65_HS1-834228961_62-HQ-83894_Section_2
Agency: FBI
Page 75
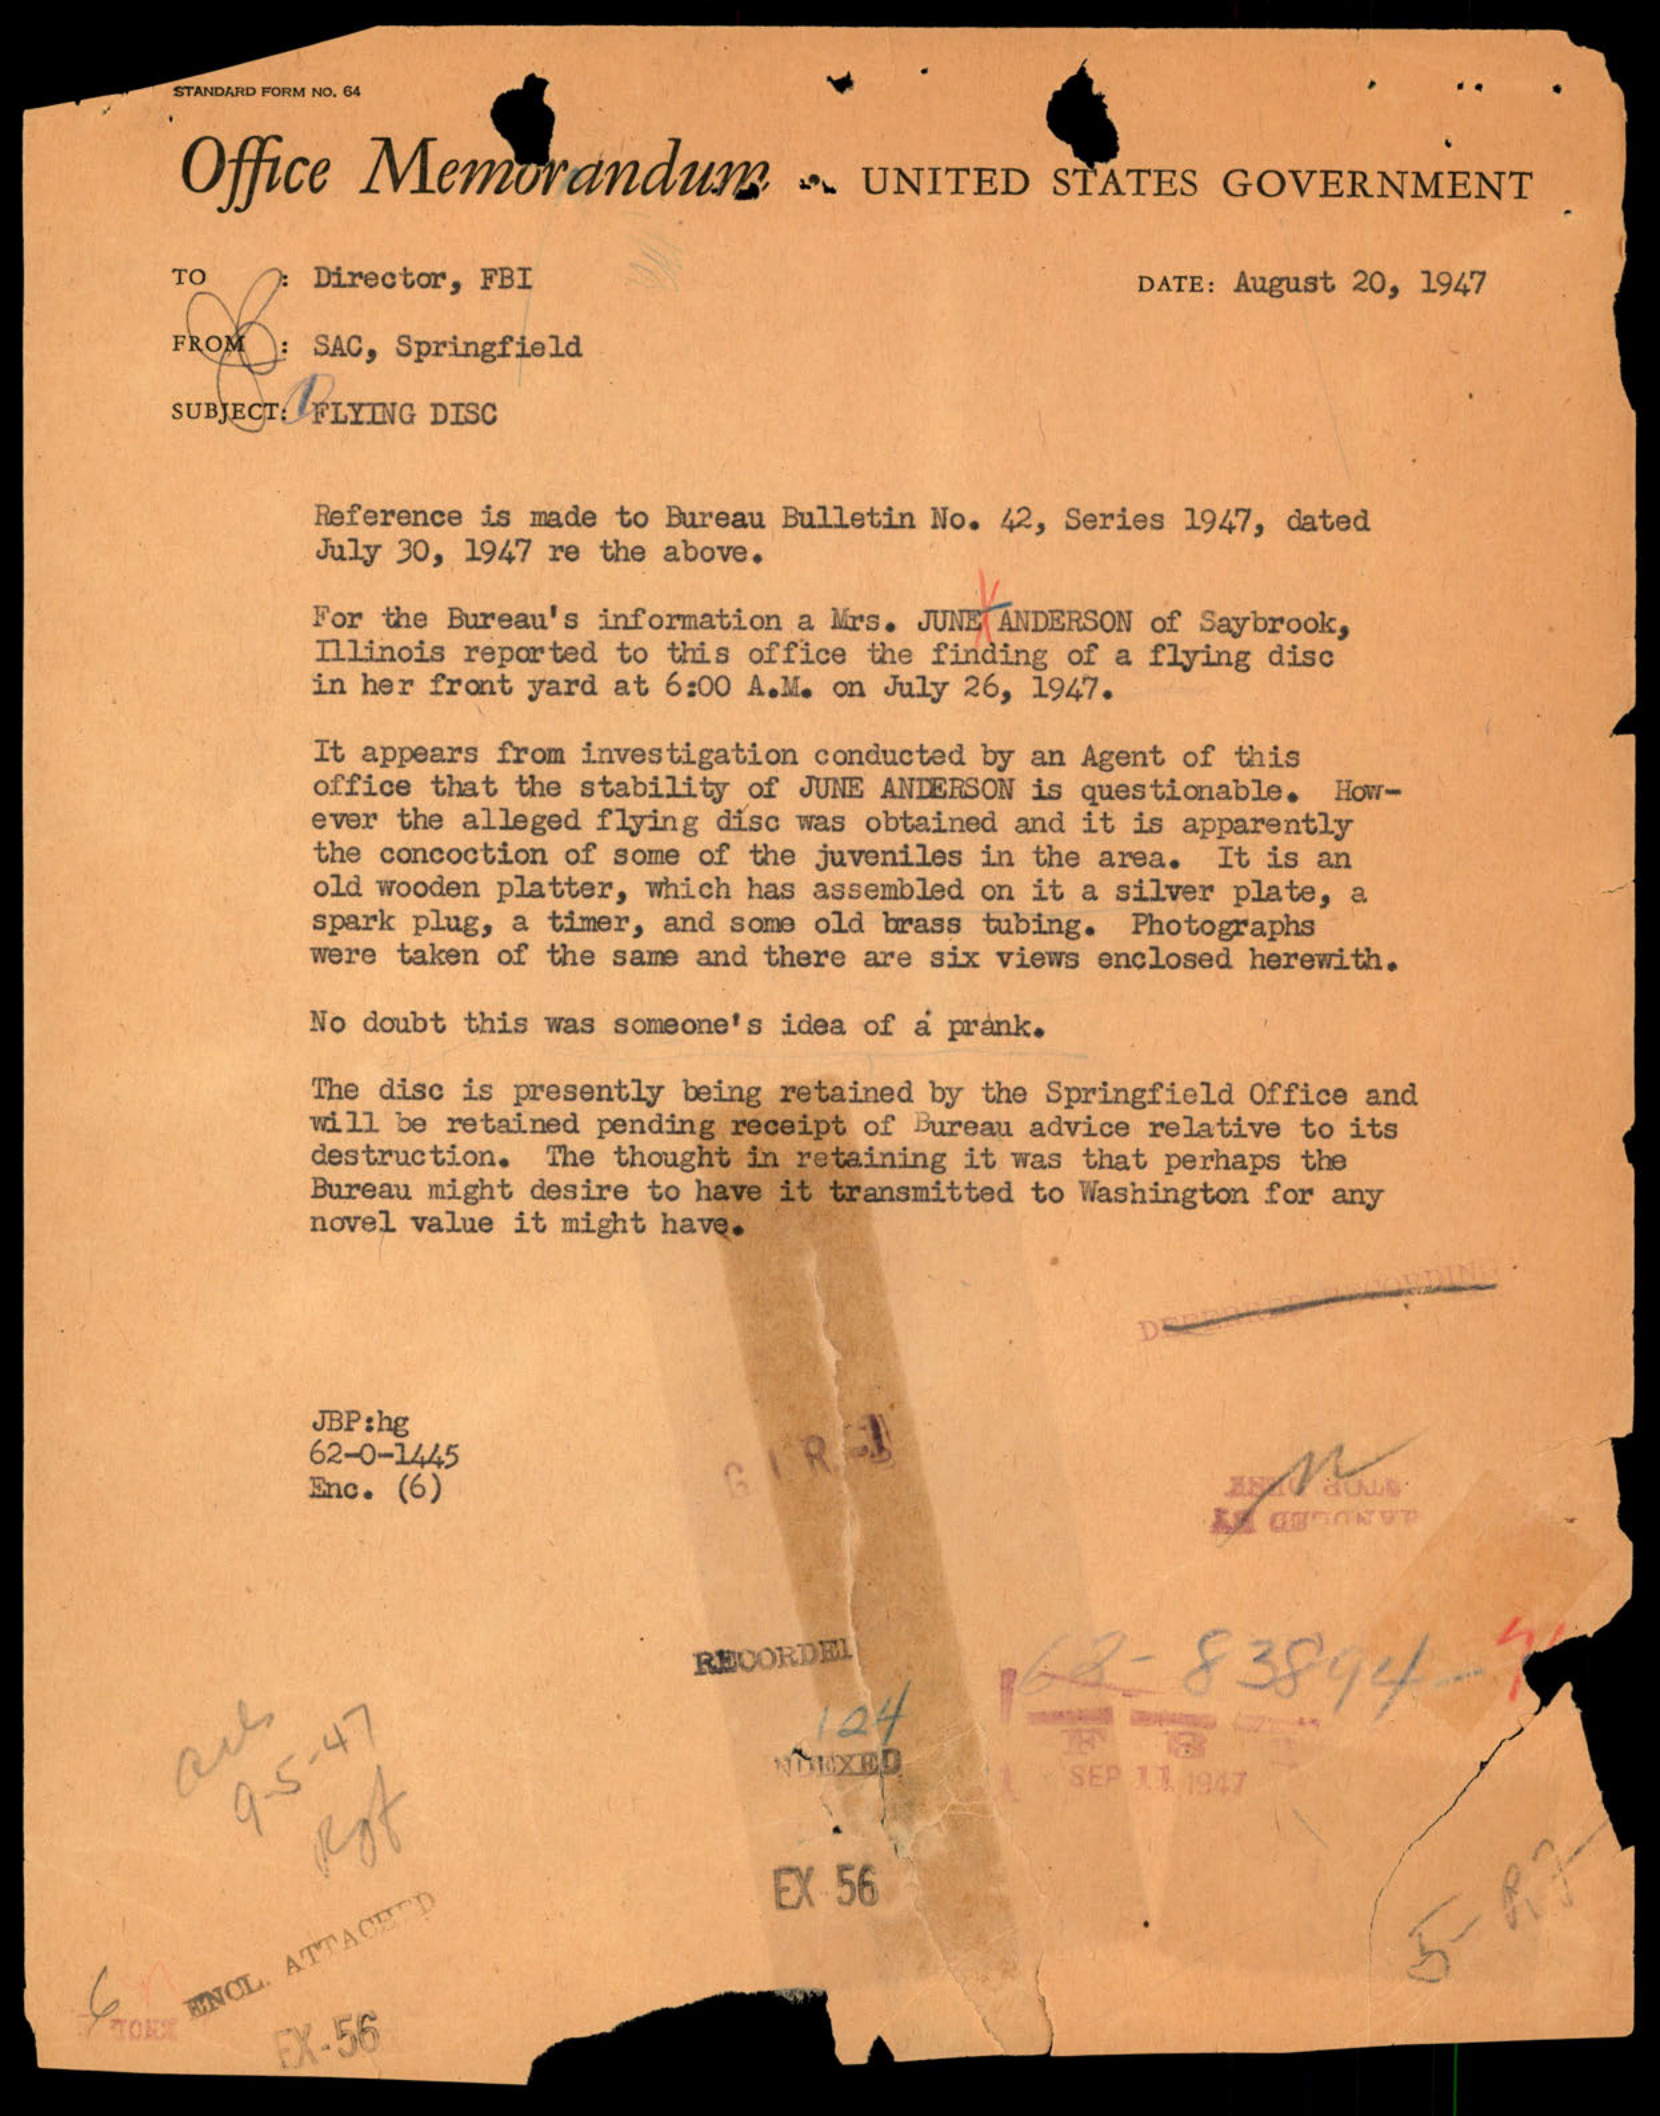